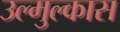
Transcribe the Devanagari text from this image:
उल्मुल्कास